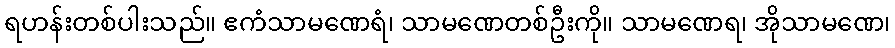
ရဟန်းတစ်ပါးသည်။ ဧကံသာမဏေရံ၊ သာမဏေတစ်ဦးကို။ သာမဏေရ၊ အိုသာမဏေ၊